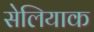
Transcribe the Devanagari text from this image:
सेलियाक